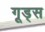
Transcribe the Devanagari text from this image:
गूड्स